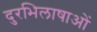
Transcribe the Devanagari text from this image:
दुरभिलाषाओं